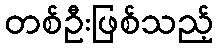
တစ်ဦးဖြစ်သည့်